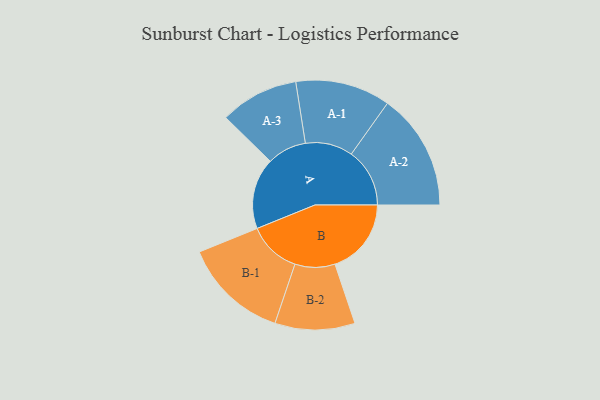
{"axis": {"x": "Segment", "y": "Value"}, "legend": ["", "A", "B"], "data": [{"x": "A", "y": 313, "type": ""}, {"x": "B", "y": 336, "type": ""}, {"x": "A-1", "y": 209, "type": "A"}, {"x": "A-2", "y": 257, "type": "A"}, {"x": "A-3", "y": 173, "type": "A"}, {"x": "B-1", "y": 232, "type": "B"}, {"x": "B-2", "y": 176, "type": "B"}]}